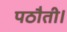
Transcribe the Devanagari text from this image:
पठौती।